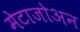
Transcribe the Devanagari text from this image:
मेटाजोअन